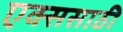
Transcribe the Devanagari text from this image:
एक्ससाठी